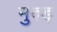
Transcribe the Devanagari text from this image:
मुरुड़